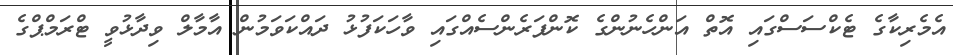
އެމެރިކާގެ ޓެކްސަސްގައި އޮތް އަންހެނުންގެ ކޮންފަރެންސެއްގައި ވާހަކަފުޅު ދައްކަވަމުން އާމާލް ވިދާޅުވީ ޓްރަމްޕްގެ